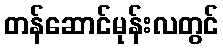
တန်ဆောင်မုန်းလတွင်